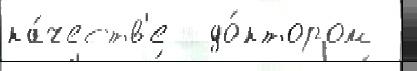
ка́честв'е  до́ктором